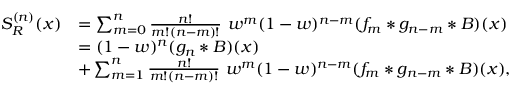
\begin{array} { r l } { S _ { R } ^ { ( n ) } ( x ) } & { = \sum _ { m = 0 } ^ { n } \frac { n ! } { m ! ( n - m ) ! } \ w ^ { m } ( 1 - w ) ^ { n - m } ( f _ { m } * g _ { n - m } * B ) ( x ) } \\ & { = ( 1 - w ) ^ { n } ( g _ { n } * B ) ( x ) } \\ & { + \sum _ { m = 1 } ^ { n } \frac { n ! } { m ! ( n - m ) ! } \ w ^ { m } ( 1 - w ) ^ { n - m } ( f _ { m } * g _ { n - m } * B ) ( x ) , } \end{array}